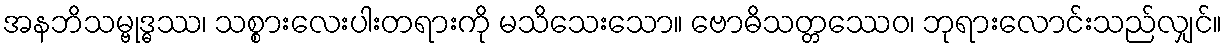
အနဘိသမ္ဗုဒ္ဓဿ၊ သစ္စားလေးပါးတရားကို မသိသေးသော။ ဗောဓိသတ္တဿေဝ၊ ဘုရားလောင်းသည်လျှင်။